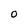
Character: O